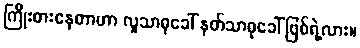
ကြိုးစားနေတာဟာ လူသာဓုခေါ် နတ်သာဓုခေါ် ဖြစ်ရဲ့လား။